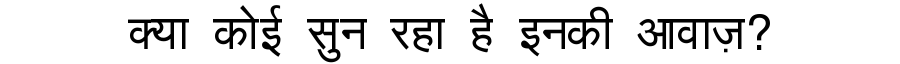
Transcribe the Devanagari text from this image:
क्या कोई सुन रहा है इनकी आवाज़?